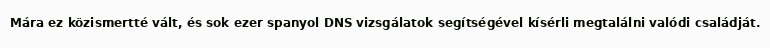
Mára ez közismertté vált, és sok ezer spanyol DNS vizsgálatok segítségével kísérli megtalálni valódi családját.